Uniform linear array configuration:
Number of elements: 24
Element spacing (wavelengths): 1
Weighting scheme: uniform
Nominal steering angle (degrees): -60
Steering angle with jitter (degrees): -61.027
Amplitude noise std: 0.05
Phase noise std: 0.05

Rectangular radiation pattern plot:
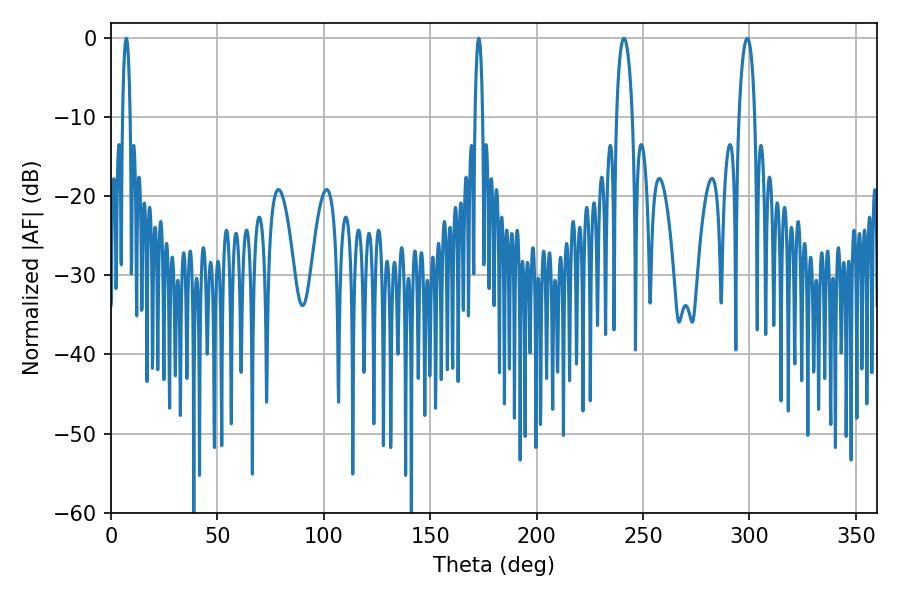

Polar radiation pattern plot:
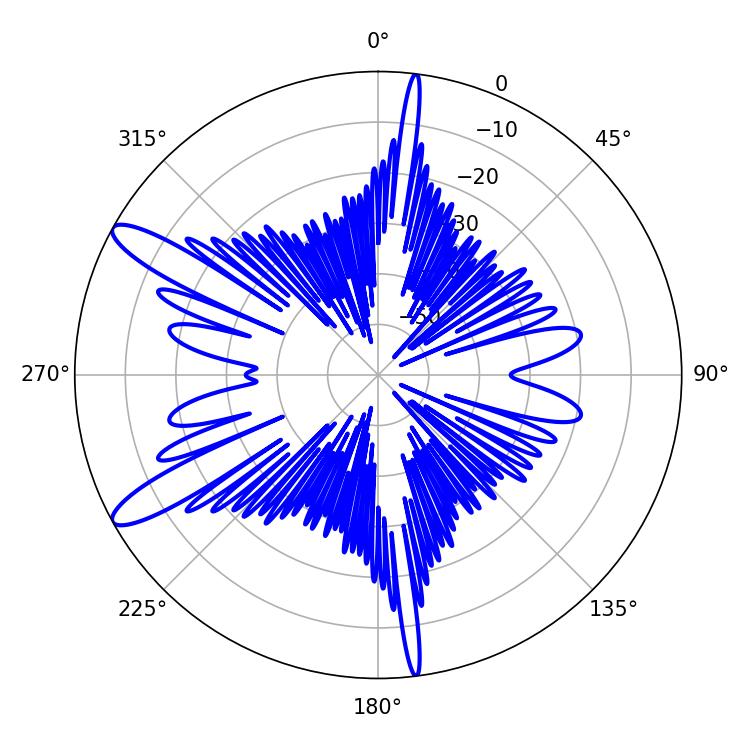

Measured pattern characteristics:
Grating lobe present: TRUE
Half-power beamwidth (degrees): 4.14
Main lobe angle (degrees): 241.02